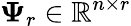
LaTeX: \mathbf{\Psi}_{r}\in\mathbb{R}^{n\times r}